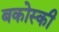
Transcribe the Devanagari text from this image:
बकोस्की